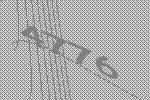
4776